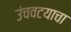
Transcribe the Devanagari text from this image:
उंचवटयाचा